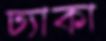
ঢ্যাকা